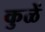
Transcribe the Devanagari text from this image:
कुळें